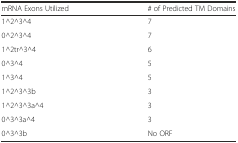
<table><thead><tr><td><b>mRNA Exons Utilized</b></td><td><b># of Predicted TM Domains</b></td></tr></thead><tbody><tr><td>1^2^3^4</td><td>7</td></tr><tr><td>0^2^3^4</td><td>7</td></tr><tr><td>1^2tr^3^4</td><td>6</td></tr><tr><td>0^3^4</td><td>5</td></tr><tr><td>1^3^4</td><td>5</td></tr><tr><td>1^2^3^3b</td><td>3</td></tr><tr><td>1^2^3^3a^4</td><td>3</td></tr><tr><td>0^3^3a^4</td><td>3</td></tr><tr><td>0^3^3b</td><td>No ORF</td></tr></tbody></table>